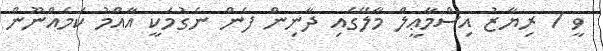
ވީ / ރިޔާޒު އިސްމާޢީލް މާލޭގައި ދާނިން ފެން ނެގުމަކީ އާއްމު ކަމެއްނޫން